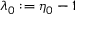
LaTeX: \lambda _ { 0 } : = \eta _ { 0 } - 1